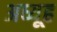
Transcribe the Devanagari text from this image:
अध्यूह